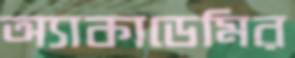
অ্যাকাডেমির